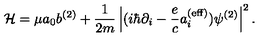
{ \cal H } = \mu a _ { 0 } b ^ { ( 2 ) } + { \frac { 1 } { 2 m } } \left| ( i \hbar \partial _ { i } - { \frac { e } { c } } a _ { i } ^ { ( \mathrm { e f f } ) } ) \psi ^ { ( 2 ) } \right| ^ { 2 } .